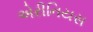
એરીનિયસ